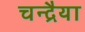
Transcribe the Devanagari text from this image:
चन्द्रैया